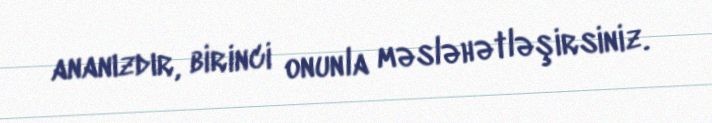
ananızdır, birinci onunla məsləhətləşirsiniz.